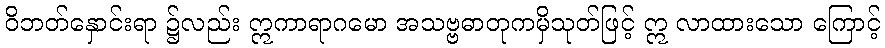
ဝိဘတ်နှောင်းရာ ၌လည်း ဣကာရာဂမော အသဗ္ဗဓာတုကမှိသုတ်ဖြင့် ဣ လာထားသော ကြောင့်